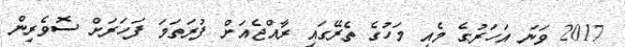
2017 ވަނަ އަހަރުގެ މެއި މަހުގެ ތެރޭގައި ރާއްޖެއަށް ފުރަތަމަ ފަހަރަށް ސޮވެރިން